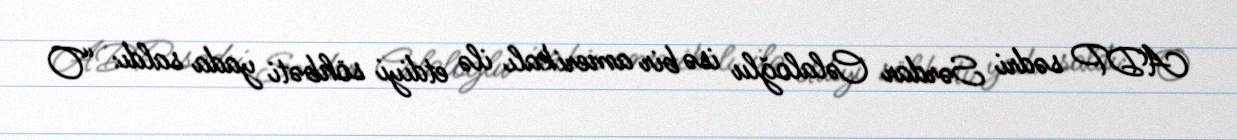
ADP sədri Sərdar Cəlaloğlu isə bir amerikalı ilə etdiyi söhbəti yada saldı: “O